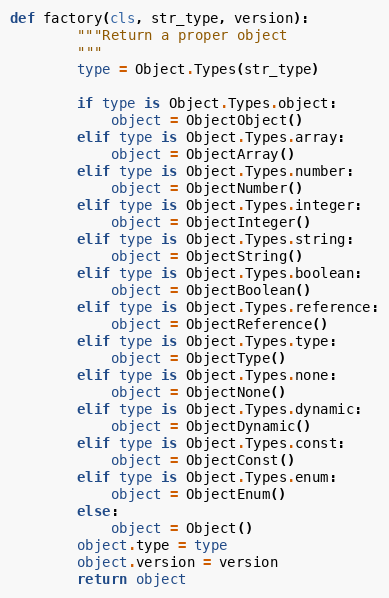
Language: Python
def factory(cls, str_type, version):
        """Return a proper object
        """
        type = Object.Types(str_type)

        if type is Object.Types.object:
            object = ObjectObject()
        elif type is Object.Types.array:
            object = ObjectArray()
        elif type is Object.Types.number:
            object = ObjectNumber()
        elif type is Object.Types.integer:
            object = ObjectInteger()
        elif type is Object.Types.string:
            object = ObjectString()
        elif type is Object.Types.boolean:
            object = ObjectBoolean()
        elif type is Object.Types.reference:
            object = ObjectReference()
        elif type is Object.Types.type:
            object = ObjectType()
        elif type is Object.Types.none:
            object = ObjectNone()
        elif type is Object.Types.dynamic:
            object = ObjectDynamic()
        elif type is Object.Types.const:
            object = ObjectConst()
        elif type is Object.Types.enum:
            object = ObjectEnum()
        else:
            object = Object()
        object.type = type
        object.version = version
        return object